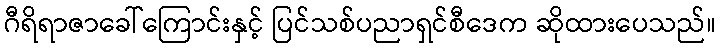
ဂီရိရာဇာခေါ်ကြောင်းနှင့် ပြင်သစ်ပညာရှင်စီဒေက ဆိုထားပေသည်။